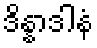
ဒိန္နာဒါနံ